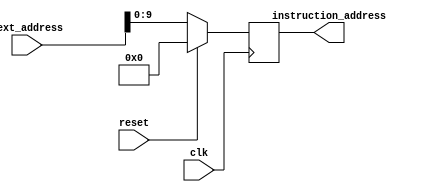
module program_counter(
 input [31:0] next_address,
 input clk,
 input reset,
 output reg [9:0] instruction_address
);

always @(posedge clk) begin
    
    if (reset) // if reset is high, reset the count to 0
    instruction_address <= 10'b0000000000;
    else // else, increment the count
    instruction_address <= next_address;
end

endmodule